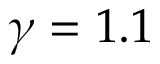
\gamma = 1 . 1